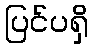
ပြင်ပရှိ